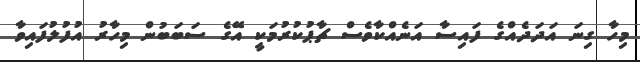
މިހާ ގިނަ އަދަދެއްގެ ފައިސާ އަނެއްކާވެސް ޗާޕުކުރުމަކީ އޭގެ ސަބަބުން މިހާރު އުފުލުފައިވާ